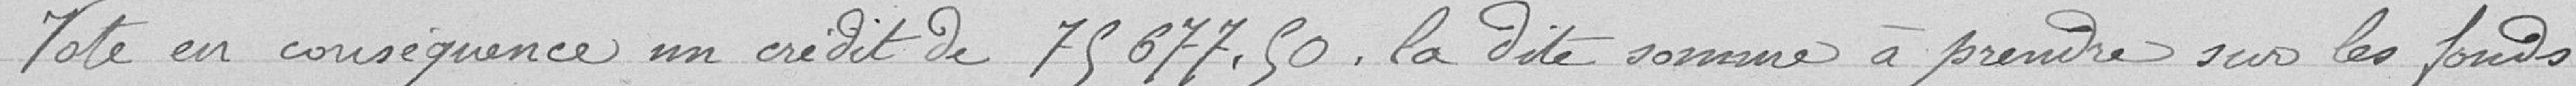
Vote en conséquence un crédit de 75 677,50, la dite somme à prendre sur les fonds